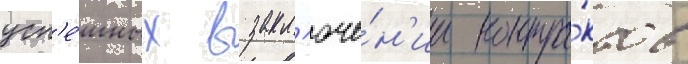
усп'е́шных в закл'юче́н'ии контра́ктов